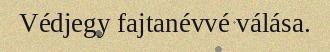
Védjegy fajtanévvé válása.